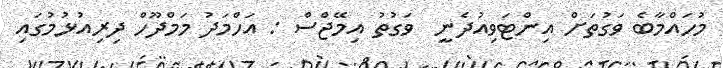
މުހައްމާބެ ވަގުތަށް އިންޓަވިއުދެނީ  ވަގުތު އިމޭޖްސް : އަހްމަދު މަމްދޫހް ދިރިއުޅުމުގައި